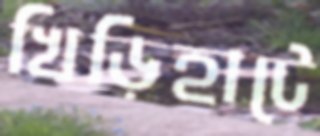
খিড়িহাটে